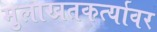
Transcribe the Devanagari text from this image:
मुलाखतकर्त्यावर